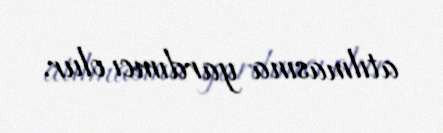
atılmasına yardımcı olur.